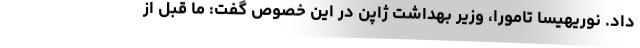
داد. نوریهیسا تامورا، وزیر بهداشت ژاپن در این خصوص گفت: ما قبل از